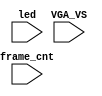
`timescale 1ns/1ps

module mist_dump(
    input           VGA_VS,
    input           led,
    input   [31:0]  frame_cnt
);

`ifdef DUMP
`ifndef NCVERILOG // iVerilog:
    initial begin
        // #(200*100*1000*1000);
        $display("iverilog: DUMP enabled");
        $dumpfile("test.lxt");
    end
    `ifdef LOADROM
    //always @(negedge led) if( $time > 20000 ) begin // led = downloading signal
    initial begin
        $display("iverilog: DUMP starts");
        $dumpvars(1,mist_test.UUT.u_game);
        $dumpon;
    end
    `else
        `ifdef DUMP_START
        always @(negedge VGA_VS) if( frame_cnt==`DUMP_START ) begin
        `else
            initial begin
        `endif
            $display("DUMP starts");
            `ifdef DEEPDUMP
                $dumpvars(0,mist_test);
            `else
                $dumpvars(1,mist_test.UUT.u_game.u_main);
                $dumpvars(0,mist_test.UUT.u_game.u_main.u_mapper);
                $dumpvars(1,mist_test.UUT.u_game.u_sub);
                $dumpvars(1,mist_test.UUT.u_game.u_sdram);
                $dumpvars(1,mist_test.UUT.u_game.u_sdram.u_dwnld);
                //$dumpvars(1,mist_test.UUT.u_game.u_sound);
                //$dumpvars(1,mist_test.UUT.u_game.u_video);
                $dumpvars(1,mist_test.frame_cnt);
            `endif
            $dumpon;
        end
    `endif
`else // NCVERILOG
    `ifdef DUMP_START
    always @(negedge VGA_VS) if( frame_cnt==`DUMP_START ) begin
    `else
    initial begin
    `endif
        $shm_open("test.shm");
        `ifdef DEEPDUMP
            $display("NC Verilog: will dump all signals");
            $shm_probe(mist_test,"AS");
        `else
            $display("NC Verilog: will dump selected signals");
            $shm_probe(frame_cnt);
            //$shm_probe(UUT.u_game,"A");
            $shm_probe(UUT.u_game.u_main,"A");
            $shm_probe(UUT.u_game.u_main.u_mapper,"A");
            $shm_probe(UUT.u_game.u_sub,"A");
            $shm_probe(UUT.u_game.u_sub.u_dma,"A");
            $shm_probe(UUT.u_game.u_sub.u_dtack,"A");
            $shm_probe(UUT.u_game.u_sdram,"A");
            //$shm_probe(UUT.u_game.u_sdram.u_bank1,"AS");
            `ifndef NOSOUND
                $shm_probe(UUT.u_game.u_sound,"A");
                $shm_probe(UUT.u_game.u_sound.u_pcm,"A");
                $shm_probe(UUT.u_game.u_sound.u_jt51.u_mmr,"A");
                $shm_probe(UUT.u_game.u_sound.u_jt51.u_timers,"AS");
            `endif
            //$shm_probe(UUT.u_game.u_video,"A");
            $shm_probe(UUT.u_game.u_video.u_road,"A");
            //$shm_probe(UUT.u_game.u_video.u_colmix,"A");
        `endif
    end
`endif
`endif

endmodule // mist_dump